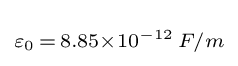
\scriptstyle {\varepsilon _{0}\,=\,8.85\times 10^{-12}\,F/m}